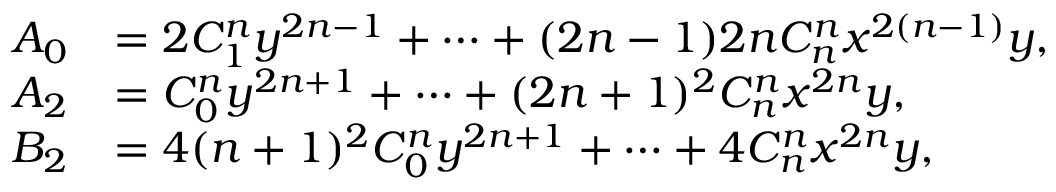
\begin{array} { r l } { A _ { 0 } } & { = 2 C _ { 1 } ^ { n } y ^ { 2 n - 1 } + \cdots + ( 2 n - 1 ) 2 n C _ { n } ^ { n } x ^ { 2 ( n - 1 ) } y , } \\ { A _ { 2 } } & { = C _ { 0 } ^ { n } y ^ { 2 n + 1 } + \cdots + ( 2 n + 1 ) ^ { 2 } C _ { n } ^ { n } x ^ { 2 n } y , } \\ { B _ { 2 } } & { = 4 ( n + 1 ) ^ { 2 } C _ { 0 } ^ { n } y ^ { 2 n + 1 } + \cdots + 4 C _ { n } ^ { n } x ^ { 2 n } y , } \end{array}